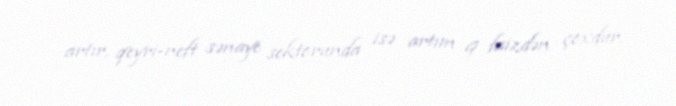
artır, qeyri-neft sənaye sektorunda isə artım 9 faizdən çoxdur.